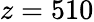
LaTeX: z=510